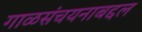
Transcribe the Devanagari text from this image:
गाळसंचयनाबद्दल